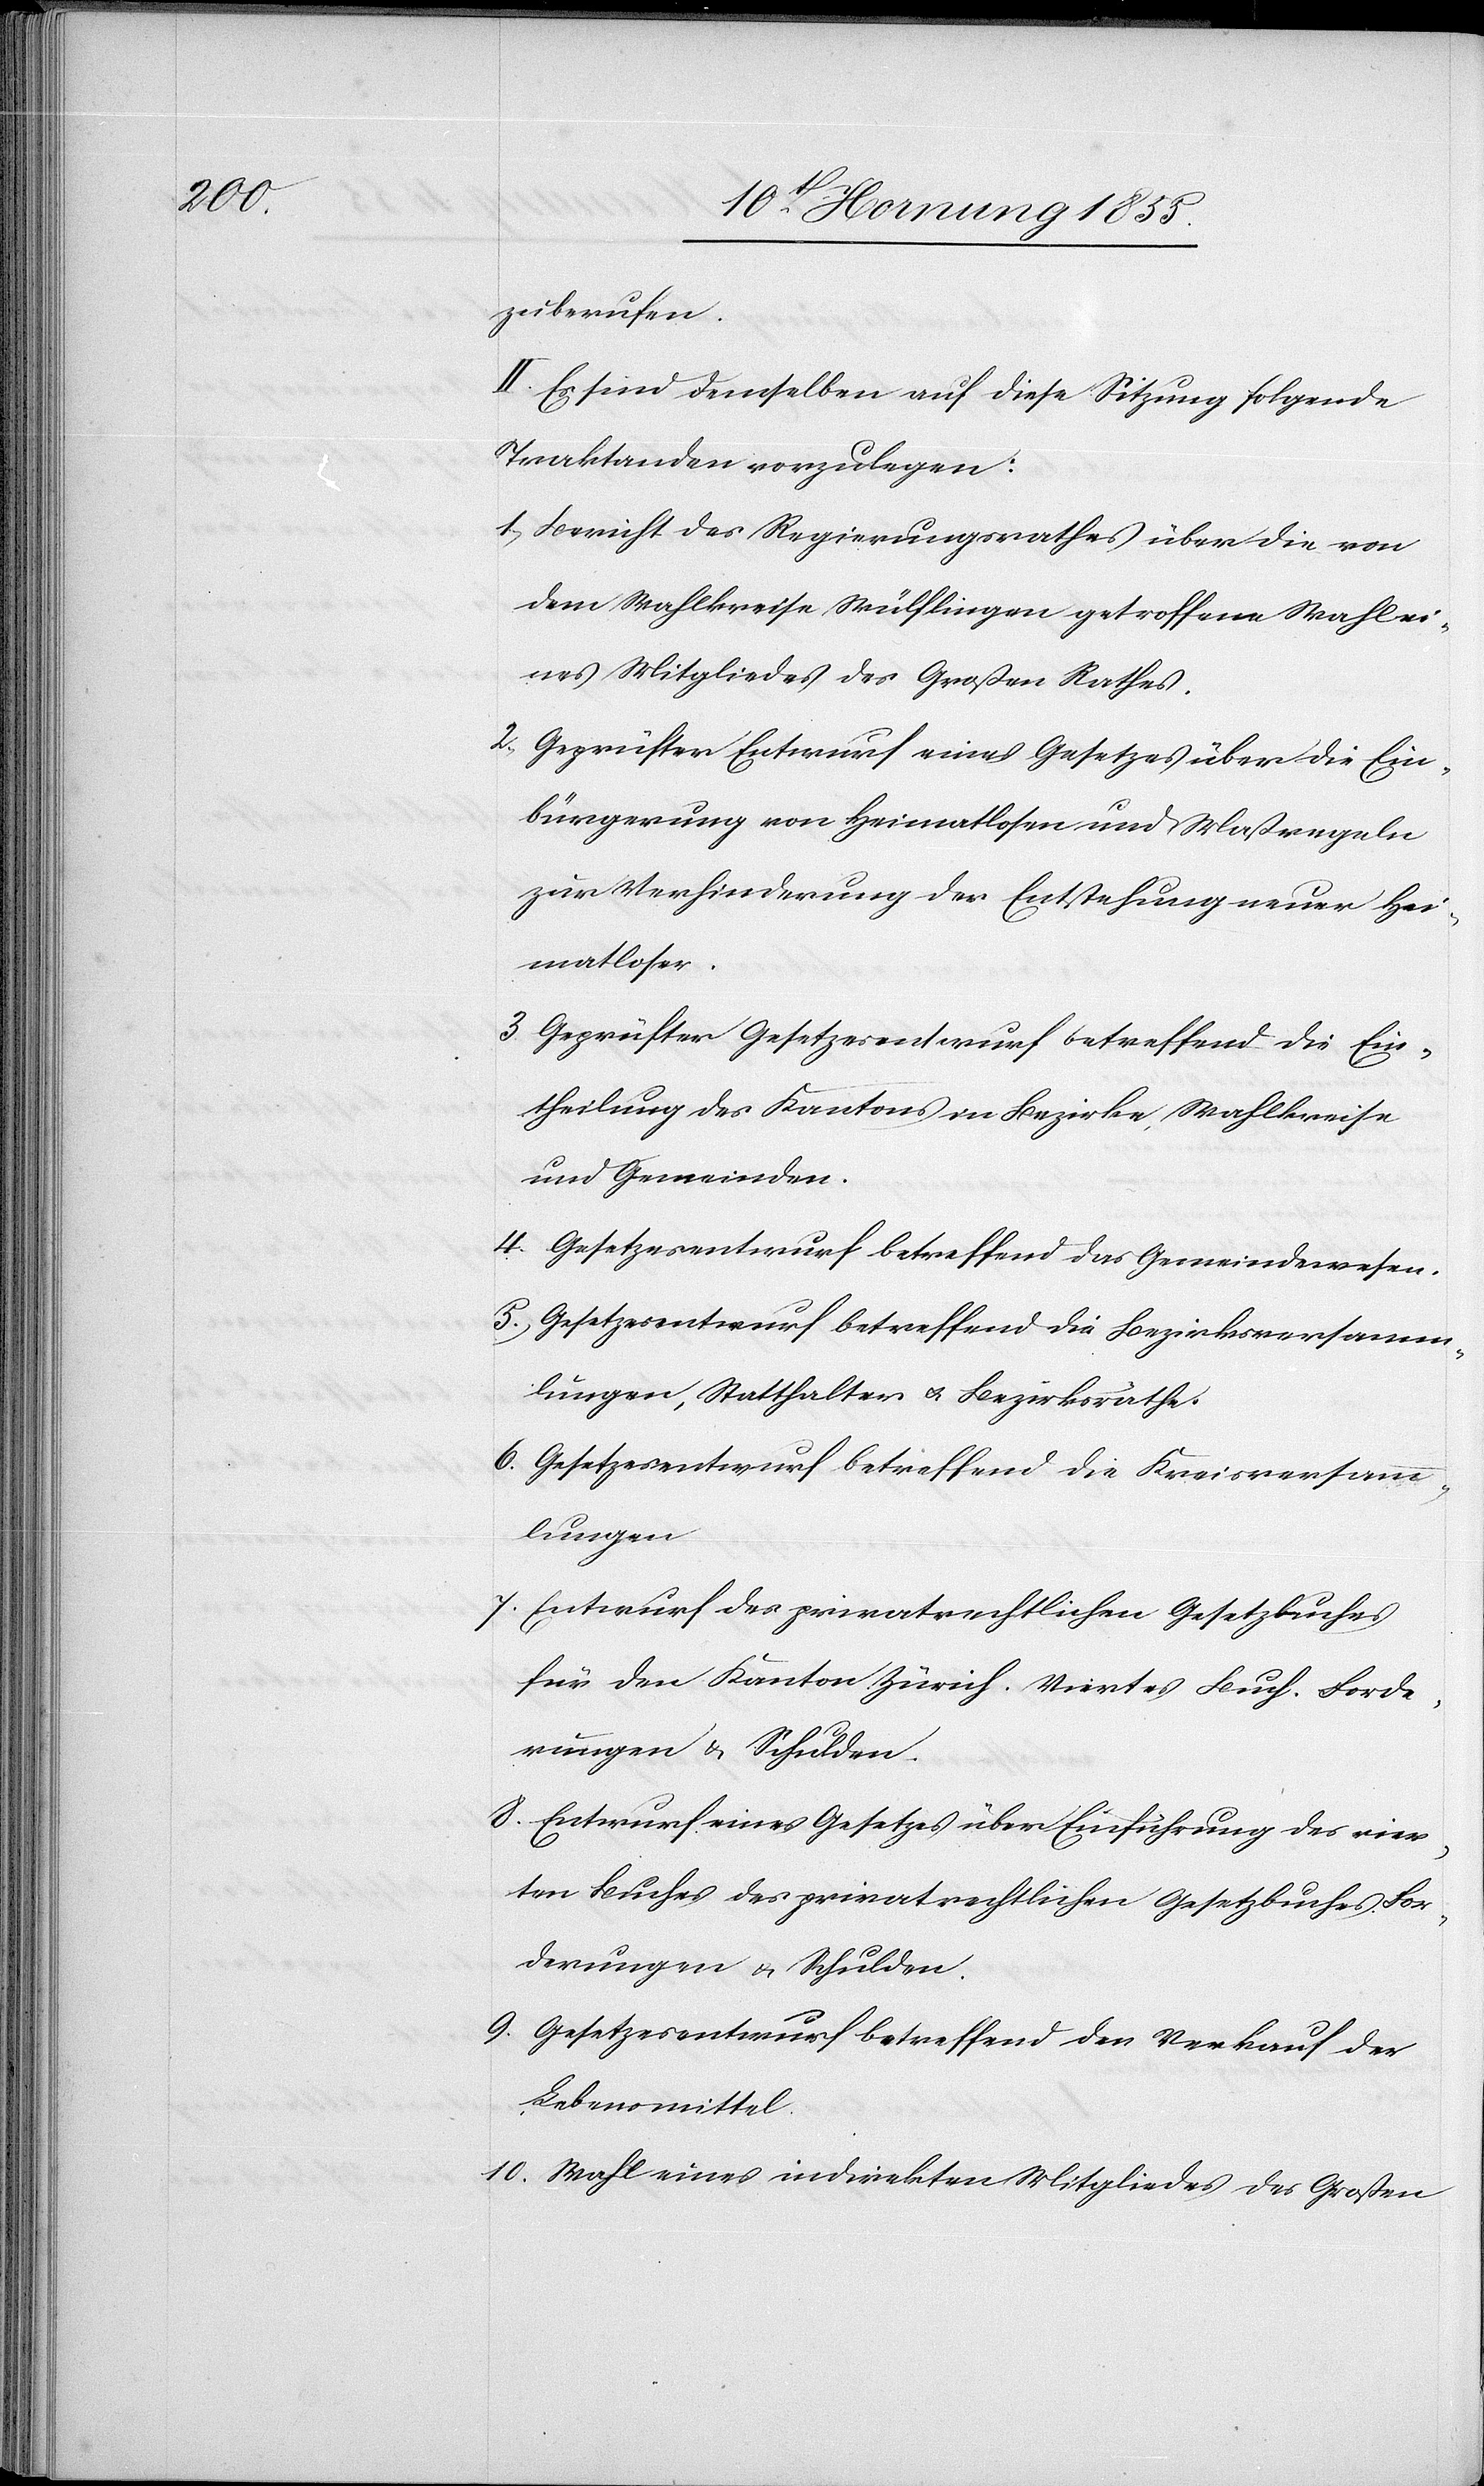
zuberufen.
II. Es sind demselben auf diese Sitzung folgende
Traktanden vorzulegen:
Bericht des Regierungsrathes über die von
dem Wahlkreise Wülflingen getroffene Wahl ei¬
nes Mitgliedes des Großen Rathes.
Geprüfter Entwurf eines Gesetzes über die Ein¬
bürgerung von Heimatlosen und Maßregeln
zur Verhinderung der Entstehung neuer Hei¬
matloser.
Geprüfter Gesetzesentwurf betreffend die Ein¬
theilung des Kantons in Bezirke, Wahlkreise
und Gemeinden.
Gesetzesentwurf betreffend das Gemeindewesen.
Gesetzesentwurf betreffend die Bezirksversamm¬
lungen, Statthalter & Bezirksräthe.
Gesetzesentwurf betreffend die Kreisversamm¬
lungen
Entwurf des privatrechtlichen Gesetzbuches
für den Kanton Zürich. Viertes Buch. Forde¬
rungen & Schulden.
Entwurf eines Gesetzes über Einführung des vier¬
ten Buches des privatrechtlichen Gesetzbuches. For¬
derungen & Schulden.
Gesetzesentwurf betreffend den Verkauf der
Lebensmittel.
Wahl eines indirekten Mitgliedes des Großen